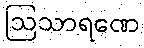
ဩသာရဏေ